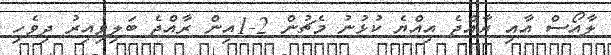
ލާއޯސް އާއި ރާއްޖެ އިއްޔެ ކުޅުނު މެޗުން 2-1އިން ރާއްޖެ ބަލިވިއިރު ދިވެހި